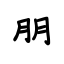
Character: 朋